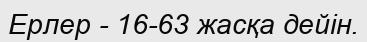
Ерлер - 16-63 жасқа дейін.